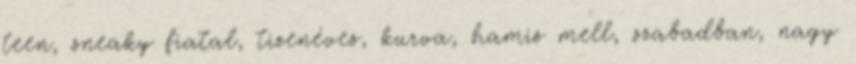
teen, sneaky fiatal, tizenéves, kurva, hamis mell, szabadban, nagy